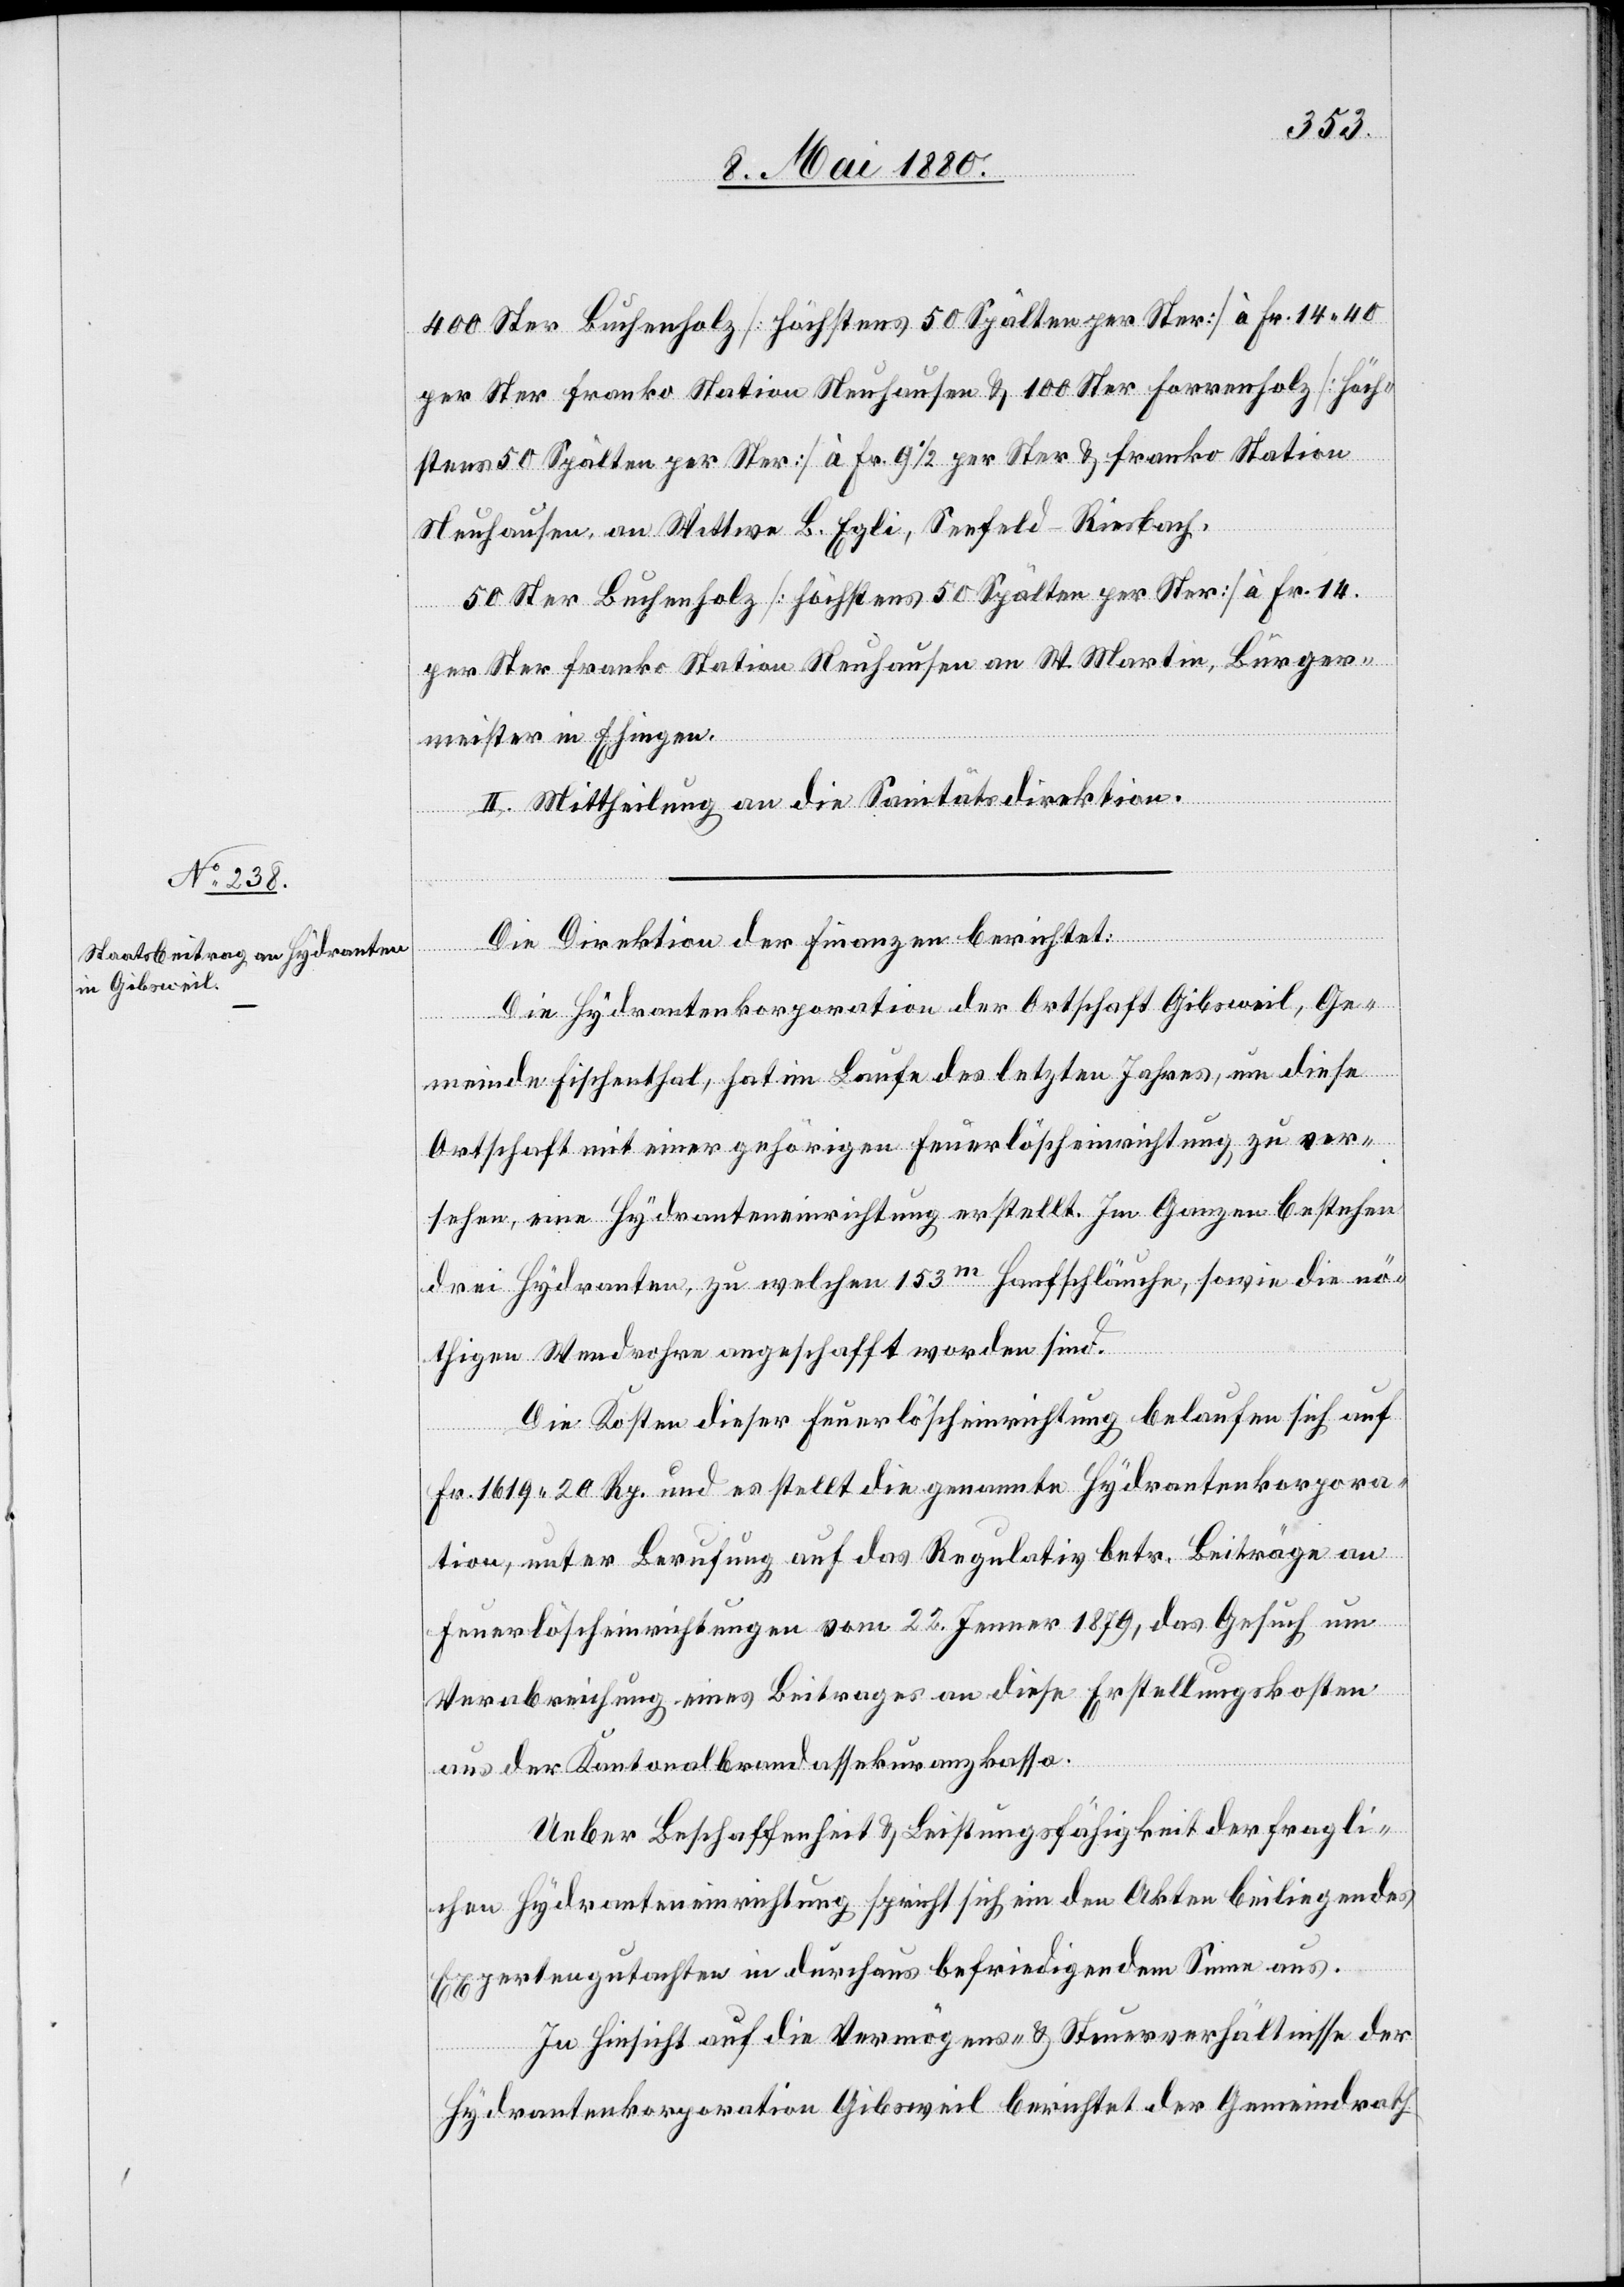
400 Ster Buchenholz [höchstens 50 Spälten per Ster] à Fr. 14.40
per Ster franko Station Neuhausen & 100 Ster Forrenholz [höch¬
stens 50 Spälten per Ster] à Fr. 91/2 per Ster & franko Station
Neuhausen an Wittwe L. Egli, Seefeld - Riesbach.
50 Ster Buchenholz [höchstens 50 Spälten per Ster] à Fr. 14.
per Ster franko Station Neuhausen an W. Martin, Bürger¬
meister in Ehingen.
II. Mittheilung an die Sanitätsdirektion.
Die Direktion der Finanzen berichtet:
Die Hydrantenkorporation der Ortschaft Gibsweil, Ge¬
meinde Fischenthal, hat im Laufe des letzten Jahres, um diese
Ortschaft mit einer gehörigen Feuerlöscheinrichtung zu ver¬
sehen, eine Hydranteneinrichtung erstellt. Im Ganzen bestehen
drei Hydranten, zu welchen 153m Hanfschläuche, sowie die nö¬
thigen Wendrohre angeschafft worden sind.
Die Kosten dieser Feuerlöscheinrichtung belaufen sich auf
Fr. 1619. 20 Rp. und es stellt die genannte Hydrantenkorpora¬
tion, unter Berufung auf das Regulativ betr. Beiträge an
Feuerlöscheinrichtungen vom 22. Jenner 1879 das Gesuch um
Verabreichung eines Beitrages an diese Erstellungskosten
aus der Kantonalbrandassekuranzkassa.
Ueber Beschaffenheit & Leistungsfähigkeit der fragli¬
chen Hydranteneinrichtung spricht sich ein den Akten beiliegendes
Expertengutachten in durchaus befriedigendem Sinne aus.
In Hinsicht auf die Vermögens- & Steuerverhältnisse der
Hydrantenkorporation Gibsweil berichtet der Gemeindrath